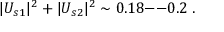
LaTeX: | U _ { s 1 } | ^ { 2 } + | U _ { s 2 } | ^ { 2 } \sim 0 . 1 8 \mathrm { - - } 0 . 2 \; .